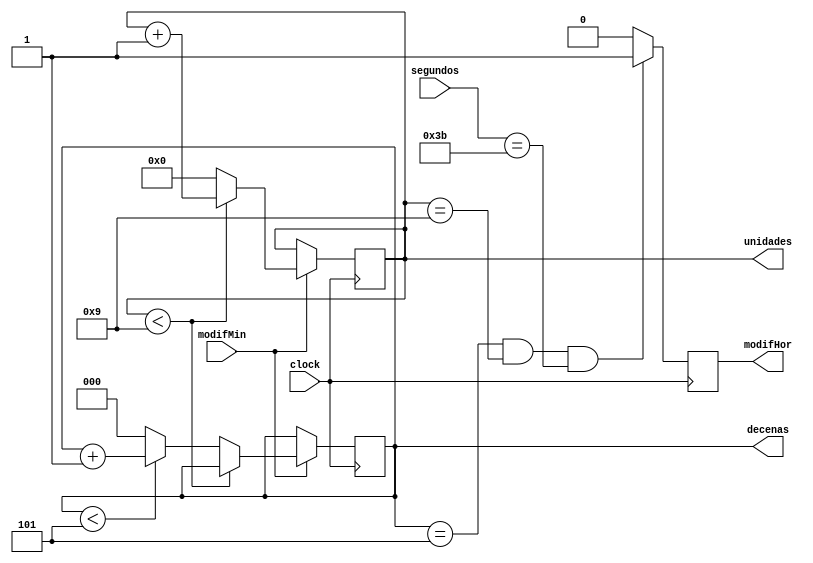
`timescale 1ns / 1ps
//////////////////////////////////////////////////////////////////////////////////
// Company: 
// Engineer: 
// 
// Design Name: 
// Module Name:    contadorMinutos 
// Project Name: 
// Target Devices: 
// Tool versions: 
// Description: 
//
// Dependencies: 
//
// Revision: 
// Revision 0.01 - File Created
// Additional Comments: 
//
//////////////////////////////////////////////////////////////////////////////////
module contadorMinutos(clock,modifMin,segundos,decenas,unidades,modifHor);
input clock,modifMin;
input [5:0]segundos;
output reg [2:0] decenas;
output reg [3:0] unidades;
output reg modifHor;

initial begin 

decenas = 5;
unidades = 9;

end

always@(posedge clock)begin

			if(modifMin)begin 
					if(unidades<9)begin unidades <= unidades+1;end
					else if (decenas<5)
					begin decenas <= decenas+1;unidades <=0; end
					else begin decenas <= 0;unidades <=0; end
			end
			else begin 
				decenas <= decenas;
				unidades<= unidades;
			end

end

always@(negedge clock)begin

if(decenas==5&&unidades==9&&segundos==59)begin modifHor<=1; end
else modifHor<=0;end


endmodule